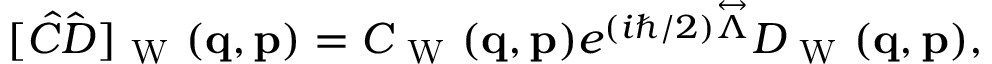
\begin{array} { r } { [ \hat { C } \hat { D } ] _ { \mathrm { ~ W ~ } } ( \ensuremath { \mathbf { q } } , \ensuremath { \mathbf { p } } ) = C _ { \mathrm { ~ W ~ } } ( \ensuremath { \mathbf { q } } , \ensuremath { \mathbf { p } } ) e ^ { ( i \hbar / 2 ) \overset \leftrightarrow { \Lambda } } D _ { \mathrm { ~ W ~ } } ( \ensuremath { \mathbf { q } } , \ensuremath { \mathbf { p } } ) , } \end{array}